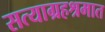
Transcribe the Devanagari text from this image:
सत्याग्रहश्रमात